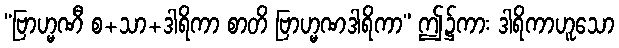
“ဗြာဟ္မဏီ စ+သာ+ဒါရိကာ စာတိ ဗြာဟ္မဏဒါရိကာ” ဤ၌ကား ဒါရိကာဟူသော